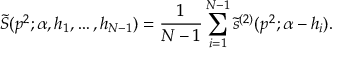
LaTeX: \tilde { S } ( p ^ { 2 } ; \alpha , h _ { 1 } , \ldots , h _ { N - 1 } ) = { \frac { 1 } { N - 1 } } \sum _ { i = 1 } ^ { N - 1 } \tilde { s } ^ { ( 2 ) } ( p ^ { 2 } ; \alpha - h _ { i } ) .